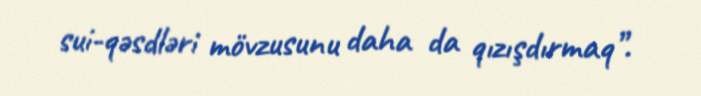
sui-qəsdləri mövzusunu daha da qızışdırmaq”.